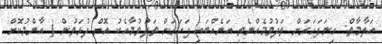
އަލާމާތް: ގިނަފަހަރަށް ތަދުވުމެއްނެތި އަނެއްބައި ފަހަރަށް ތަދުވުމާއެކު އޮށް ދުޅަވުން ( އާންމުކޮށް